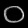
Digit: ၀